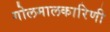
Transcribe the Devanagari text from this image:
गोलमालकारिणी